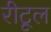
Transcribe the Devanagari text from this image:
रीटूल